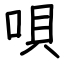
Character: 唄